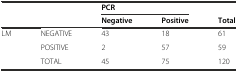
| <ROWSPAN=2>  | <ROWSPAN=2>  | <COLSPAN=2> PCR |  |
 | Negative | Positive | Total |
 | --- | --- | --- | --- | --- |
 | <ROWSPAN=2> LM | NEGATIVE | 43 | 18 | 61 |
 | POSITIVE | 2 | 57 | 59 |
 |  | TOTAL | 45 | 75 | 120 |